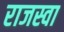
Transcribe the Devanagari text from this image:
राजस्वा